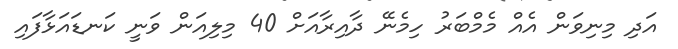
އަދި މިނިވަން އެއް މެމްބަރު ހިމެނޭ ދާއިރާއަށް 40 މިލިއަން ވަނީ ކަނޑައަޅާފައި